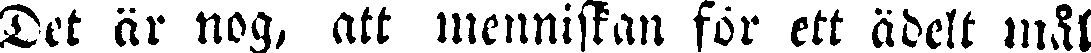
Det är nog, att menniskan för ett ädelt mål